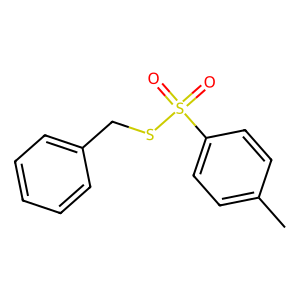
SMILES: Cc1ccc(S(=O)(=O)SCc2ccccc2)cc1
Inhibits HIV replication: No